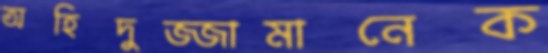
অহিদুজ্জামানেক